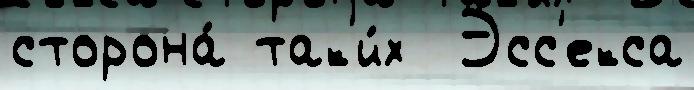
сторона́ так'и́х  Эсс'екса